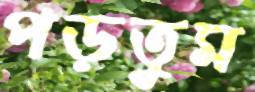
পড়তুম